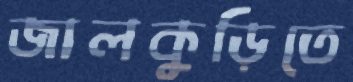
জালকুড়িতে